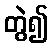
တွဲ၍